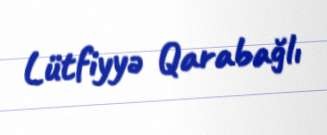
Lütfiyyə Qarabağlı